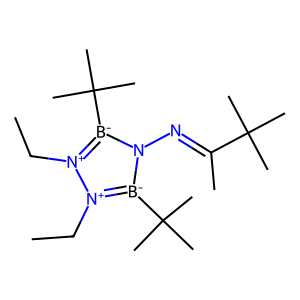
SMILES: CC[n+]1[b-](C(C)(C)C)n(N=C(C)C(C)(C)C)[b-](C(C)(C)C)[n+]1CC
Inhibits HIV replication: No